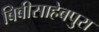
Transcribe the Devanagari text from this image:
बिबीसाहेबपुरा